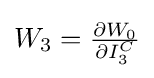
{\textstyle W_{3}={\frac {\partial W_{0}}{\partial I_{3}^{C}}}}